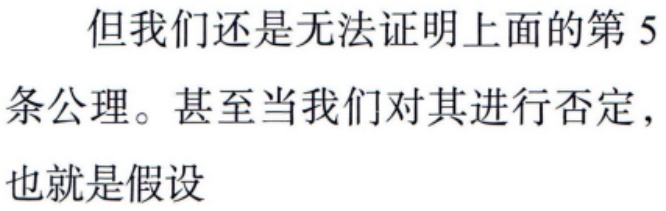
但我们还是无法证明上面的第 5 条公理。甚至当我们对其进行否定，也就是假设